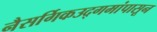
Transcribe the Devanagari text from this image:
नैसर्गिकउद्गमांपासून